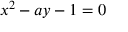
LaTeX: x ^ { 2 } - a y - 1 = 0